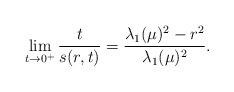
LaTeX: \begin{align*} \lim_{t\rightarrow 0^+} \frac{t}{s(r,t)}=\frac{\lambda_1(\mu)^2-r^2}{\lambda_1(\mu)^2}.\end{align*}